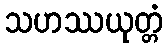
သဟဿယုတ္တံ